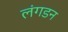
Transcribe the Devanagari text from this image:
लंगडन